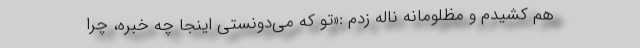
هم کشیدم و مظلومانه ناله زدم :«تو که می‌دونستی اینجا چه خبره، چرا